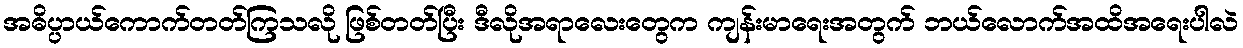
အဓိပ္ပာယ်ကောက်တတ်ကြသလို ဖြစ်တတ်ပြီး ဒီလိုအရာလေးတွေက ကျန်းမာရေးအတွက် ဘယ်လောက်အထိအရေးပါလဲ